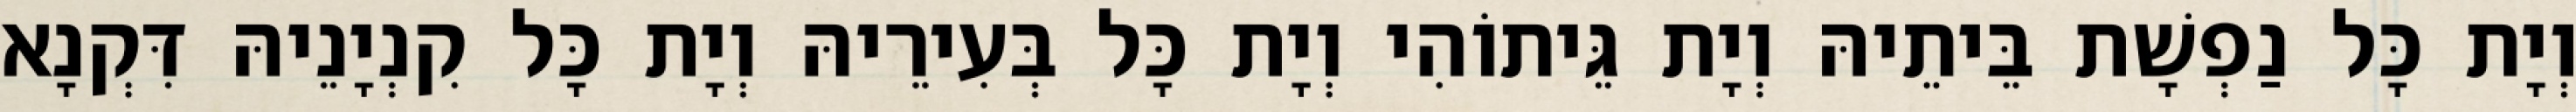
וְיָת כָּל נַפְשָׁת בֵּיתֵיהּ וְיָת גֵּיתוֹהִי וְיָת כָּל בְּעִירֵיהּ וְיָת כָּל קִנְיָנֵיהּ דִּקְנָא